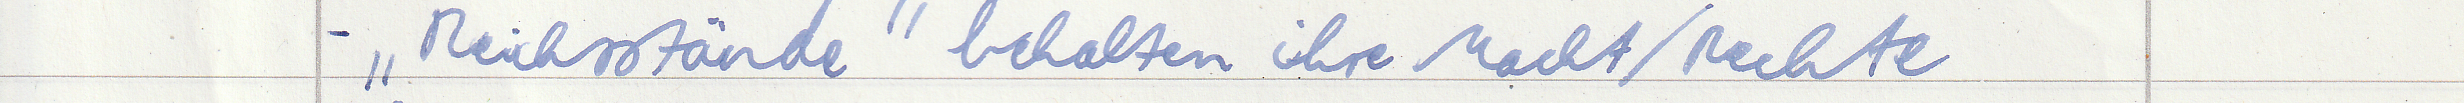
- "Reichstände" behalten ihre Macht / Rechte